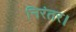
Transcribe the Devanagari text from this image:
निरंतर।